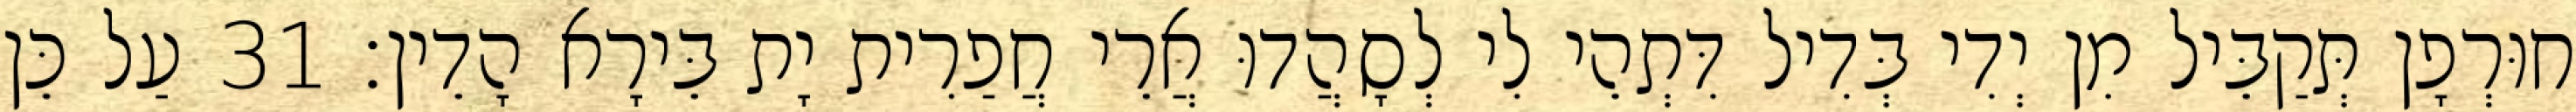
חוּרְפָן תְּקַבֵּיל מִן יְדִי בְּדִיל דִּתְהֵי לִי לְסָהֲדוּ אֲרֵי חֲפַרִית יָת בֵּירָא הָדֵין׃ 31 עַל כֵּן